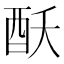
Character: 𮠝